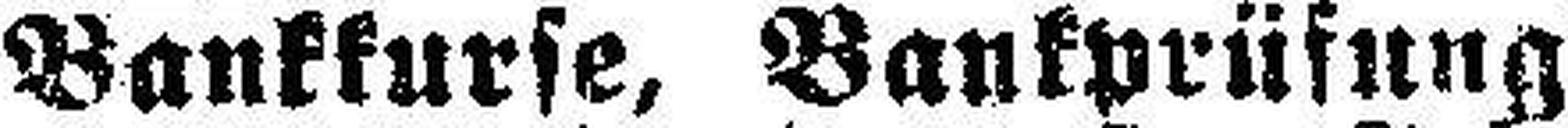
Bankkurse, Bankprüfung